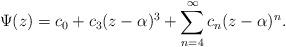
LaTeX: \begin{align*}\Psi(z)=c_{0}+c_{3}(z-\alpha)^{3}+\sum_{n=4}^{\infty}c_{n}(z-\alpha)^{n}.\end{align*}